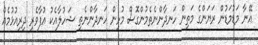
އޭނާ މަޑުމަޑުން ރަޔަންގެ މަތިން ހަނދާންނެތެމުންގޮސް މުޅިން ހަނދާންނެތި ޝަހުލާއެކު އުފާވެރި ދިރިއުޅުމެއް